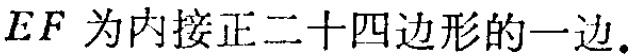
$EF\text{ 为内接正二十四边形的一边.}$